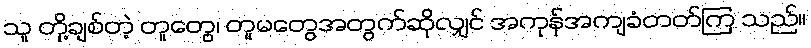
သူ တို့ချစ်တဲ့ တူတွေ၊ တူမတွေအတွက်ဆိုလျှင် အကုန်အကျခံတတ်ကြ သည်။